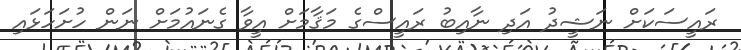
ރައީސަކަށް ނަޝީދު އަދި ނާއިބު ރައީސްގެ މަޤާމަށް އީވާ ގެނައުމަށް ނަން ހުށަހަޅައި